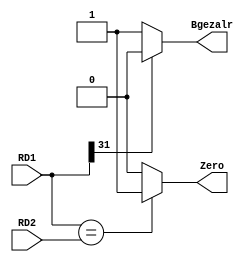
`timescale 1ns / 1ps
//////////////////////////////////////////////////////////////////////////////////
// Company: 
// Engineer: 
// 
// Design Name: 
// Module Name:    CMP 
// Project Name: 
// Target Devices: 
// Tool versions: 
// Description: 
//
// Dependencies: 
//
// Revision: 
// Revision 0.01 - File Created
// Additional Comments: 
//
//////////////////////////////////////////////////////////////////////////////////
module CMP(
    input [31:0] RD1,
    input [31:0] RD2,
	 output Zero,
	 output Bgezalr
    );
	 
	 assign Zero = (RD1 == RD2) ? 1 : 0;
    assign Bgezalr = (RD1[31] == 1) ? 0 : 1;
endmodule